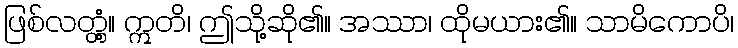
ဖြစ်လတ္တံ့။ ဣတိ၊ ဤသို့ဆို၏။ အဿာ၊ ထိုမယား၏။ သာမိကောပိ၊